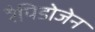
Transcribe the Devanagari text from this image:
रैपिडोजेन